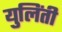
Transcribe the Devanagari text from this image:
युलिंती